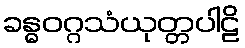
ခန္ဓဝဂ္ဂသံယုတ္တပါဠိ